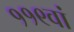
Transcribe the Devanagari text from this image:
११९वां